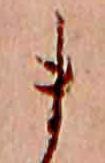
ま